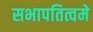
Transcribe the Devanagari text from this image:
सभापतित्वमे